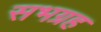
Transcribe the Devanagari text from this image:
सभग्रह